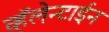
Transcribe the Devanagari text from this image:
व्हॅलेन्टाईन